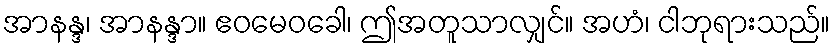
အာနန္ဒ၊ အာနန္ဒာ။ ဧဝမေဝခေါ၊ ဤအတူသာလျှင်။ အဟံ၊ ငါဘုရားသည်။